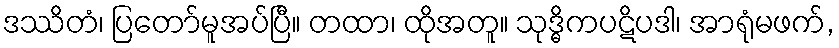
ဒဿိတံ၊ ပြတော်မူအပ်ပြီ။ တထာ၊ ထိုအတူ။ သုဒ္ဓိကပဋိပဒါ၊ အာရုံမဖက်,